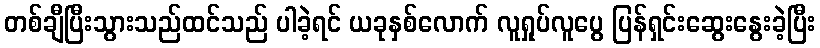
တစ်ချီပြီးသွားသည်ထင်သည် ပါခဲ့ရင် ယခုနှစ်လောက် လူရှုပ်လူပွေ ပြန်ရှင်းဆွေးနွေးခဲ့ပြီး